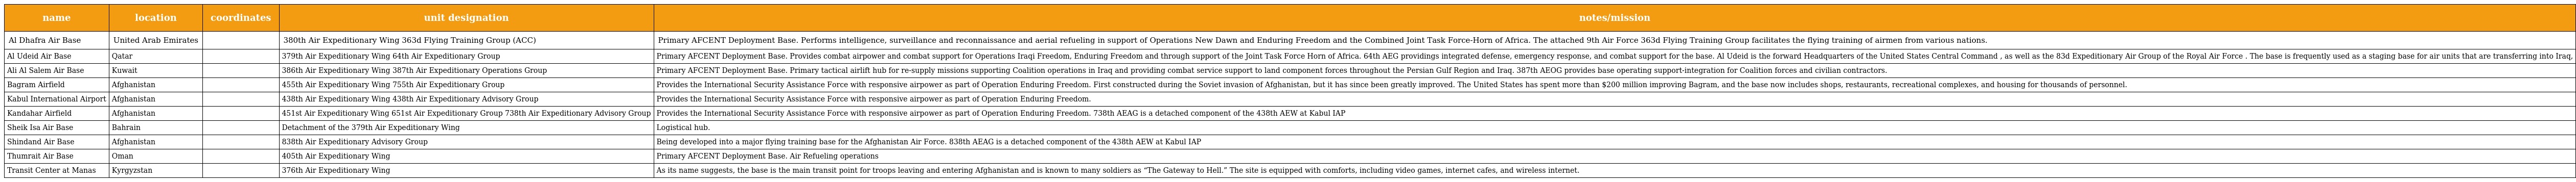
| name | location | coordinates | unit designation | notes/mission |
 | --- | --- | --- | --- | --- |
 | Al Dhafra Air Base | United Arab Emirates |  | 380th Air Expeditionary Wing 363d Flying Training Group (ACC) | Primary AFCENT Deployment Base. Performs intelligence, surveillance and reconnaissance and aerial refueling in support of Operations New Dawn and Enduring Freedom and the Combined Joint Task Force-Horn of Africa. The attached 9th Air Force 363d Flying Training Group facilitates the flying training of airmen from various nations. |
 | Al Udeid Air Base | Qatar |  | 379th Air Expeditionary Wing 64th Air Expeditionary Group | Primary AFCENT Deployment Base. Provides combat airpower and combat support for Operations Iraqi Freedom, Enduring Freedom and through support of the Joint Task Force Horn of Africa. 64th AEG providings integrated defense, emergency response, and combat support for the base. Al Udeid is the forward Headquarters of the United States Central Command , as well as the 83d Expeditionary Air Group of the Royal Air Force . The base is frequently used as a staging base for air units that are transferring into Iraq, |
 | Ali Al Salem Air Base | Kuwait |  | 386th Air Expeditionary Wing 387th Air Expeditionary Operations Group | Primary AFCENT Deployment Base. Primary tactical airlift hub for re-supply missions supporting Coalition operations in Iraq and providing combat service support to land component forces throughout the Persian Gulf Region and Iraq. 387th AEOG provides base operating support-integration for Coalition forces and civilian contractors. |
 | Bagram Airfield | Afghanistan |  | 455th Air Expeditionary Wing 755th Air Expeditionary Group | Provides the International Security Assistance Force with responsive airpower as part of Operation Enduring Freedom. First constructed during the Soviet invasion of Afghanistan, but it has since been greatly improved. The United States has spent more than $200 million improving Bagram, and the base now includes shops, restaurants, recreational complexes, and housing for thousands of personnel. |
 | Kabul International Airport | Afghanistan |  | 438th Air Expeditionary Wing 438th Air Expeditionary Advisory Group | Provides the International Security Assistance Force with responsive airpower as part of Operation Enduring Freedom. |
 | Kandahar Airfield | Afghanistan |  | 451st Air Expeditionary Wing 651st Air Expeditionary Group 738th Air Expeditionary Advisory Group | Provides the International Security Assistance Force with responsive airpower as part of Operation Enduring Freedom. 738th AEAG is a detached component of the 438th AEW at Kabul IAP |
 | Sheik Isa Air Base | Bahrain |  | Detachment of the 379th Air Expeditionary Wing | Logistical hub. |
 | Shindand Air Base | Afghanistan |  | 838th Air Expeditionary Advisory Group | Being developed into a major flying training base for the Afghanistan Air Force. 838th AEAG is a detached component of the 438th AEW at Kabul IAP |
 | Thumrait Air Base | Oman |  | 405th Air Expeditionary Wing | Primary AFCENT Deployment Base. Air Refueling operations |
 | Transit Center at Manas | Kyrgyzstan |  | 376th Air Expeditionary Wing | As its name suggests, the base is the main transit point for troops leaving and entering Afghanistan and is known to many soldiers as “The Gateway to Hell.” The site is equipped with comforts, including video games, internet cafes, and wireless internet. |